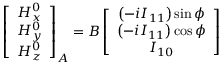
\left[ \begin{array} { c } { H _ { x } ^ { 0 } } \\ { H _ { y } ^ { 0 } } \\ { H _ { z } ^ { 0 } } \end{array} \right] _ { A } = B \left[ \begin{array} { c } { \left( - i I _ { 1 1 } \right) \sin \phi } \\ { \left( - i I _ { 1 1 } \right) \cos \phi } \\ { I _ { 1 0 } } \end{array} \right]